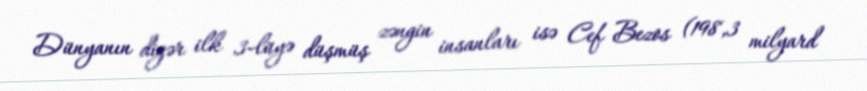
Dünyanın digər ilk 3-lüyə düşmüş zəngin insanları isə Cef Bezos (198,3 milyard